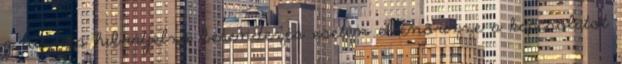
g tûz- és hibaátjelzõ berendezés esetén ellenõrizze a kapcsolatot